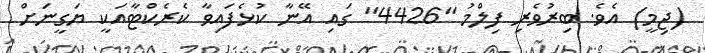
(ޖިމީ) އެވެ. ބިރުވެރި ފިލްމު "4426" ގައި އޭނާ ކުޅެފައިވާ ކެރެކްޓާއަކީ ޔަގީނަށް